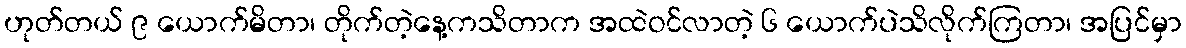
ဟုတ်တယ် ၉ ယောက်မိတာ၊ တိုက်တဲ့နေ့ကသိတာက အထဲဝင်လာတဲ့ ၆ ယောက်ပဲသိလိုက်ကြတာ၊ အပြင်မှာ